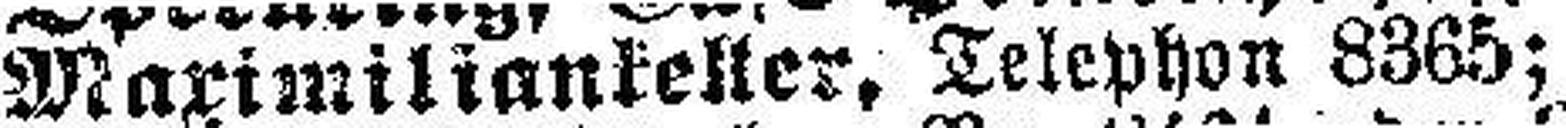
Maximiliankeller, Telephon 8365;